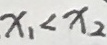
x _ { 1 } < x _ { 2 }